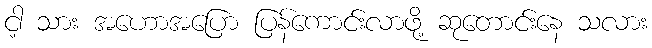
ငါ့ သား အဟောအပြော ပြန်ကောင်းလာဖို့ ဆုတောင်းနေ သလား